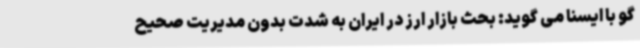
گو با ایسنا می گوید: بحث بازار ارز در ایران به شدت بدون مدیریت صحیح